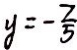
y = - \frac { 2 } { 5 }